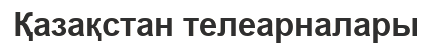
Қазақстан телеарналары